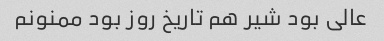
عالی بود شیر هم تاریخ روز بود ممنونم